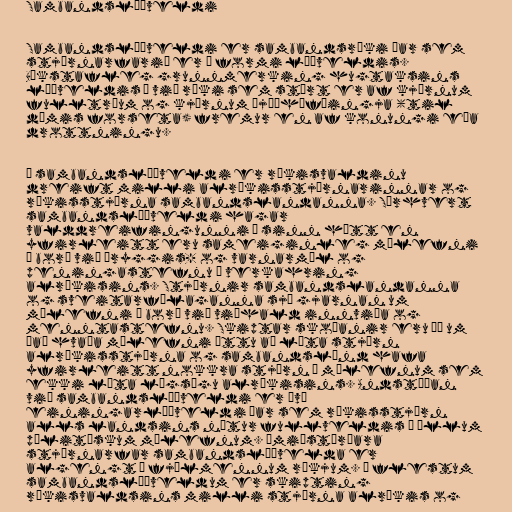
Sambandslýðveldi

Sambandslýðveldi er sambandsríki þar sem
stjórnarfarið er í formi lýðveldis.
Bókstafleg grunnmerking hugtaksins
lýðveldis á við ríki sem stýrt er af kjörnum
fulltrúum og kjörnum þjóðhöfðingja (til
dæmis forseta) fremur en af konungi eða
drottningu.

Í sambandslýðveldi er ríkisvaldinu
dreift milli alríkisstjórnarinnar og
ríkisstjórna sambandslandanna. Sérhvert
sambandslýðveldi hagar
valddreifingunni á sinn hátt en
yfirleitt eru sameiginleg málefni
á borð við öryggis- og varnarmál og
peningastefnu í verkahring
alríkisins. Stjórnir sambandslandanna
og sveitarfélaganna sjá gjarnan um
málefni á borð við viðhald innviða og
menntastefnu. Skiptar skoðanir eru þó um
það hvaða málefni ættu að lúta stjórn
alríkisstjórna og sambandslönd hafa
yfirleitt nokkra stjórn í málefnum sem
ekki lúta lögsögu alríkisins. Andstæðan
við sambandslýðveldi er því
einingarlýðveldi þar sem ríkisstjórn
alls landsins nýtur fullveldis í öllum
pólitískum málefnum. Ómiðstýrðara
stjórnarfar sambandslýðvelda er
algengt í fjölmennum ríkjum. Í flestum
sambandslýðveldum er skipting
ríkisvaldsins milli stjórna alríkis og